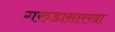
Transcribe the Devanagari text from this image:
गरुडासारखा